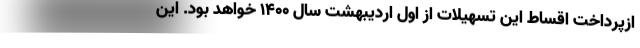
ازپرداخت اقساط این تسهیلات از اول اردیبهشت‌ سال ۱۴۰۰ خواهد بود. این